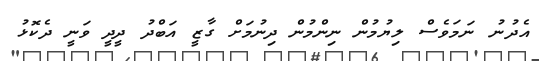
އެދުނު ނަމަވެސް ލިޔުމުން ނިންމުން ދިނުމަށް ގާޒީ އަބްދު ދީދީ ވަނީ ދެކޮޅު